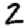
Digit: 2